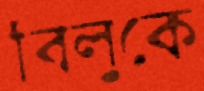
বিলুকে